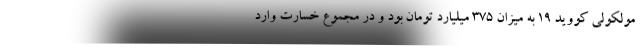
مولکولی کووید ۱۹ به میزان ۳۷۵ میلیارد تومان بود و در مجموع خسارت وارد